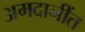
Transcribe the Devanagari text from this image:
अमदानींत